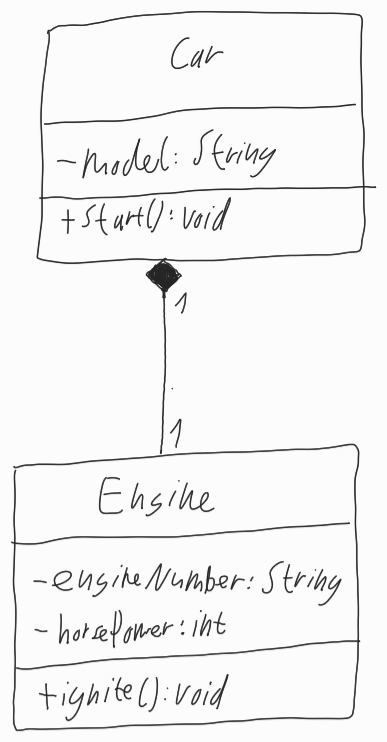
Diagram type: class_diagram
```plantuml
@startuml

class Car {
  - model: String
  + start()
}

class Engine {
  - engineNumber: String
  - horsePower: int
  + ignite(): void
}

Car "1" *-- "1" Engine

@enduml
```